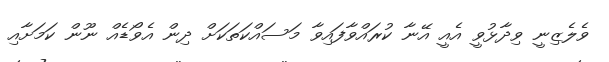
ވެލެޒިނީ ވިދާޅުވީ އެއީ އޭނާ ކުރައްވާފައިވާ މަސައްކަތަކަށް ދިން އެވޯޑެއް ނޫން ކަމަށާއި